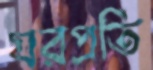
ঘরপ্রতি